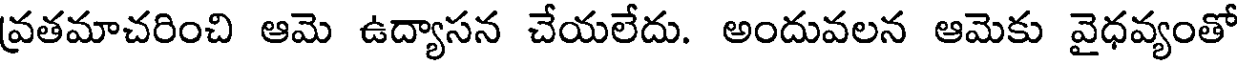
వ్రతమాచరించి ఆమె ఉద్యాసన చేయలేదు. అందువలన ఆమెకు వైధవ్యంతో